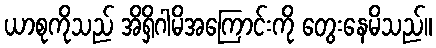
ယာစုကိုသည် အိရှိဂါမိအကြောင်းကို တွေးနေမိသည်။